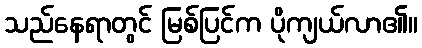
သည်နေရာတွင် မြစ်ပြင်က ပိုကျယ်လာ၏။